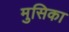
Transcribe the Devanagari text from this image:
मुसिका